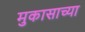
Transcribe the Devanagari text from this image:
मुकासाच्या